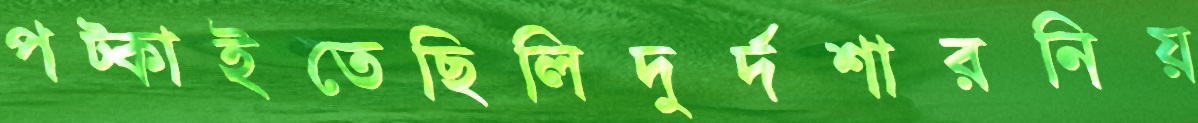
পট্‌কাইতেছিলিদুর্দশারনিয়